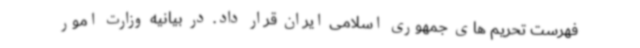
فهرست تحریم های جمهوری اسلامی ایران قرار داد. در بیانیه وزارت امور